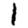
Digit: 1